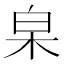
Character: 𣐩